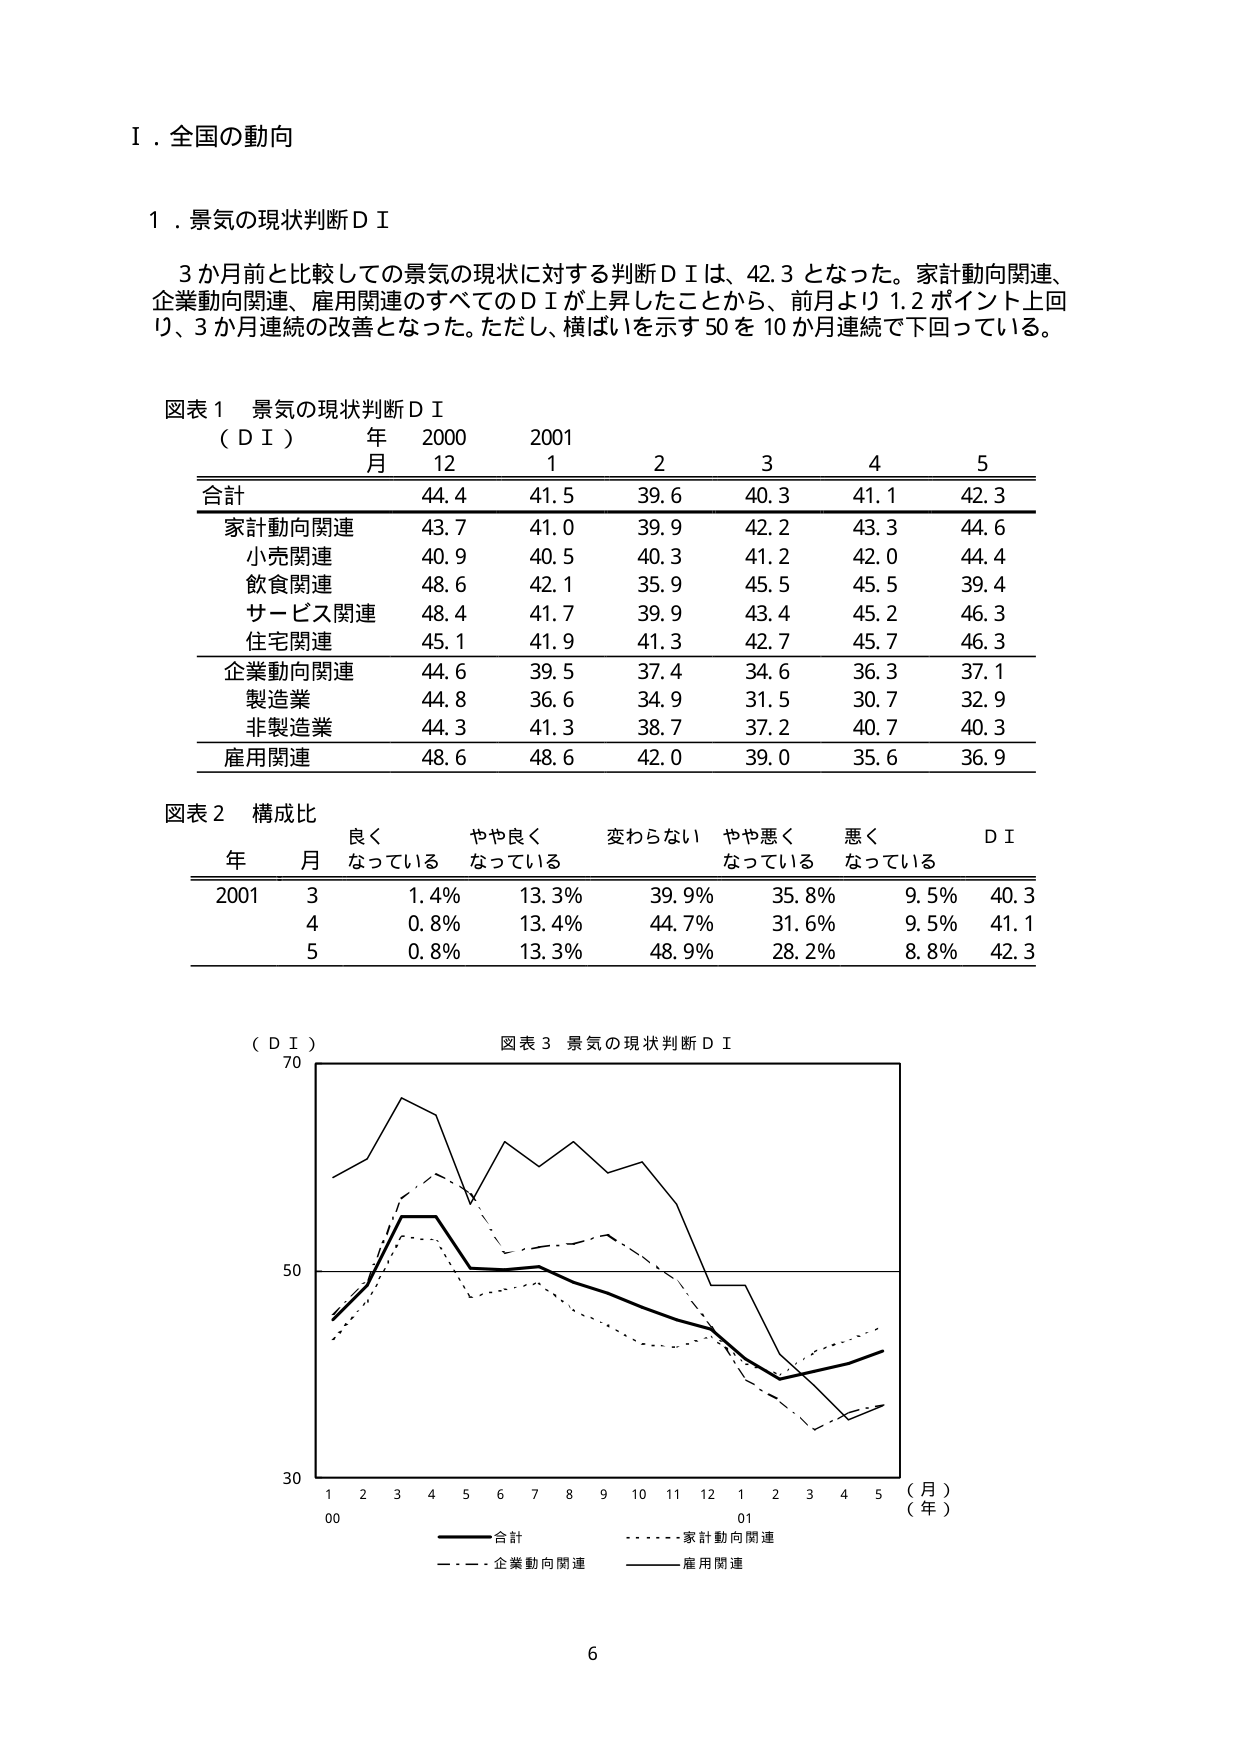
Ⅰ．全国の動向

１．景気の現状判断ＤＩ

　　３か月前と比較しての景気の現状に対する判断ＤＩは、42.3となった。家計動向関連、
　　企業動向関連、雇用関連のすべてのＤＩが上昇したことから、前月より1.2ポイント上回
　　り、３か月連続の改善となった。ただし、横ばいを示す50を10か月連続で下回っている。

図表１　景気の現状判断ＤＩ
（ＤＩ）　　年　　2000　　2001
　　　　　　月　　12　　　1　　　2　　　3　　　4　　　5
合計　　　　44.4　　41.5　　39.6　　40.3　　41.1　　42.3
家計動向関連　43.7　　41.0　　39.9　　42.2　　43.3　　44.6
　　小売関連　40.9　　40.5　　40.3　　41.2　　42.0　　44.4
　　飲食関連　48.6　　42.1　　35.9　　45.5　　45.5　　39.4
　　サービス関連　48.4　　41.7　　39.9　　43.4　　45.2　　46.3
　　住宅関連　45.1　　41.9　　41.3　　42.7　　45.7　　46.3
企業動向関連　44.6　　39.5　　37.4　　34.6　　36.3　　37.1
　　製造業　44.8　　36.6　　34.9　　31.5　　30.7　　32.9
　　非製造業　44.3　　41.3　　38.7　　37.2　　40.7　　40.3
雇用関連　　48.6　　48.6　　42.0　　39.0　　35.6　　36.9

図表２　構成比
　　　　　良く　　　やや良く　　　変わらない　　やや悪く　　　悪く　　　ＤＩ
　　　年　月　なっている　なっている　　なっている　　なっている　　なっている
2001　3　　1.4%　　　13.3%　　　39.9%　　　35.8%　　　9.5%　　　40.3
　　　4　　0.8%　　　13.4%　　　44.7%　　　31.6%　　　9.5%　　　41.1
　　　5　　0.8%　　　13.3%　　　48.9%　　　28.2%　　　8.8%　　　42.3

（ＤＩ）
70